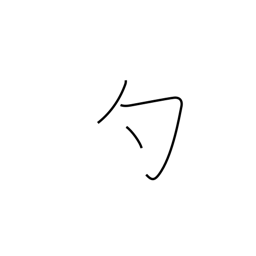
Meaning: dip